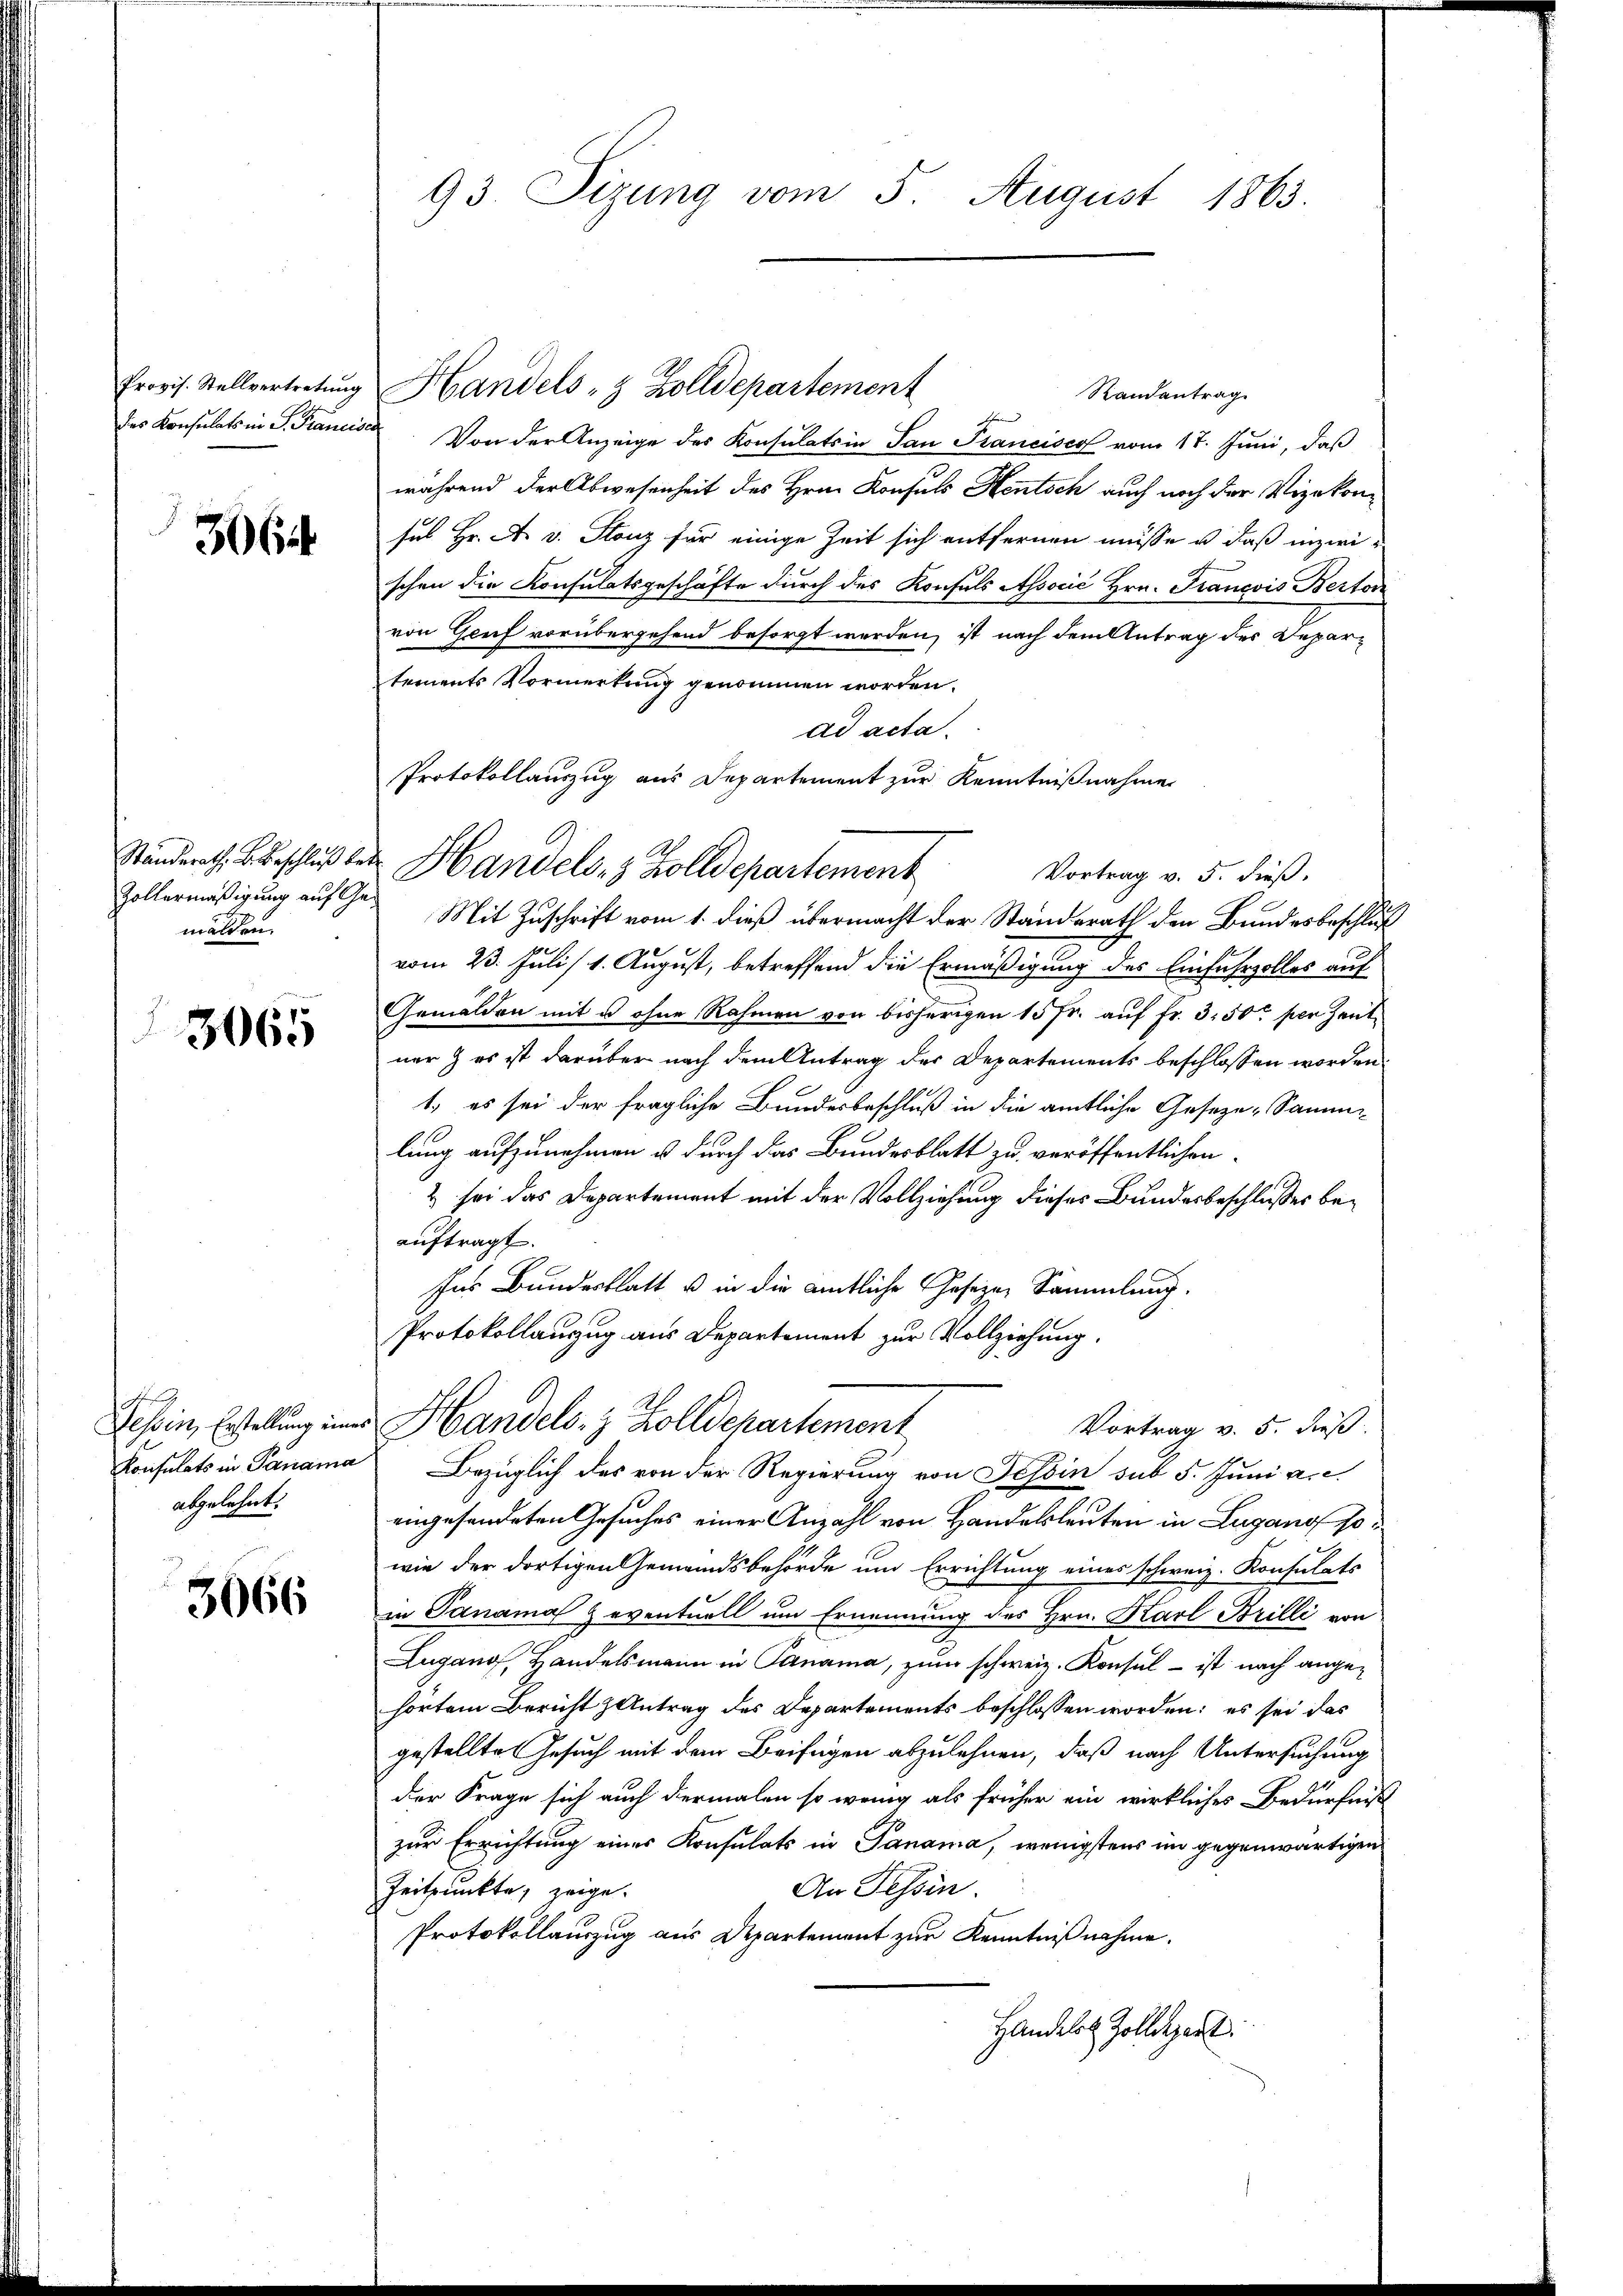
Provis. Stellvertretung
des Konsulats in S. Francis

306

Ständerath, B. Beschluß be
Zollermäßigung auf G.
mälden.

3065

s
Hessen, Erstellung eine
Konsulats in Panama
abgelehnt.

3066

93. Sizung vom 5. August 1863.

Handels- & Zolldepartement
Randantrag
En
. Von der Anzeige des Konsulats in San Stancisco vom 17. Juni, daß
während der Abwesenheit des Hrn. Konsuls Hentsch auch noch der Vizekonses Hr. A. v. Stanz für einige Zeit sich entfernen müsse u. daß inzwis
schen die Konsulatsgeschäfte durch des Konsuls Associć Hrn. Francois Bertor
von Genf vorübergehend besorgt werden, ist nach dem Antrag des Departements Vormerkung genommen worden.
ad acta.
Protokollauszug aus Departement zur Kenntnißnahme
Mit Zuschrift vom 1. dieß übermacht der Standerath den Bundesbeschluß
vom 23. Juli/1. August, betreffend die Ermäßigung des Einfuhrzolles auf
Gemälden mit u ohne Rahmen von bisherigen 15 fr. auf Fr. 350 per Zeit
ner & es ist darüber nach dem Antrag der Departements beschlossen worden
1. es sei der fragliche Bundesbeschluß in die amtliche Geseze-Sammlung aufzunehmen u durch das Bundesblatt zu veröffentlichen
& sei das Departement mit der Vollziehung dieses Bundesbeschlusses beauftragt.
Ins Bundesblatt u in die amtliche Gesezen Sammlung.
Protokollauszug aus Departement zur Vollziehung.
Handels- & Zolldepartement
Vortrag v. 5. dieß.
Bezüglich des von der Regierung von Tessin sub 5. Juni a.c.
eingesandten Gesuches einer Anzahl von Handelsleuten in Lugano sowie der dortigen Gemeindsbehörde um Errichtung eines schweiz. Konsulats
in Panama Zeventuell um Ernennung des Hrn. Karl Brilli von
Lugano, Handelsmann in Panama, zum schweiz. Konsul - ist nach angehörtem Bericht Antrag des Departements beschlossen worden; es sei das
gestellte Gesuch mit dem Beifügen abzulehnen, daß nach Untersuchung
der Frage sich auch dermalen so wenig als früher ein wirkliches Bedürfniß
zur Errichtung eines Konsulats in Panama, wenigstens im gegenwärtigen
Zeitpunkte, zeige.
An Tessin
Protokollauszug aus Departement zur Kenntnißnahme.
Handelt Zolldepart

in Handels- & Zolldepartement

Vortrag v. 5. dieß.